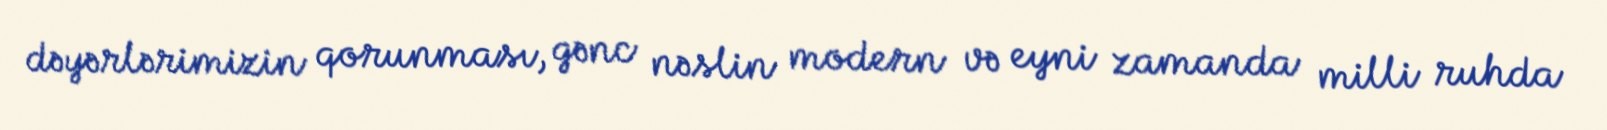
dəyərlərimizin qorunması, gənc nəslin modern və eyni zamanda milli ruhda